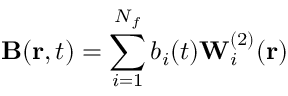
\mathbf { B } ( \mathbf { r } , t ) = \sum _ { i = 1 } ^ { N _ { f } } b _ { i } ( t ) \mathbf { W } _ { i } ^ { ( 2 ) } ( \mathbf { r } )